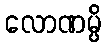
လောဏမ္ပိ